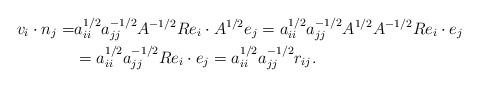
\begin{align*}v_i\cdot n_j =& a_{ii}^{1/2}a_{jj}^{-1/2}A^{-1/2}Re_i\cdot A^{1/2}e_j = a_{ii}^{1/2}a_{jj}^{-1/2}A^{1/2}A^{-1/2}Re_i\cdot e_j \\ &= a_{ii}^{1/2}a_{jj}^{-1/2}Re_i\cdot e_j = a_{ii}^{1/2}a_{jj}^{-1/2}r_{ij}.\end{align*}